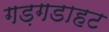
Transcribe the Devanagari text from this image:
गड़गडाहट